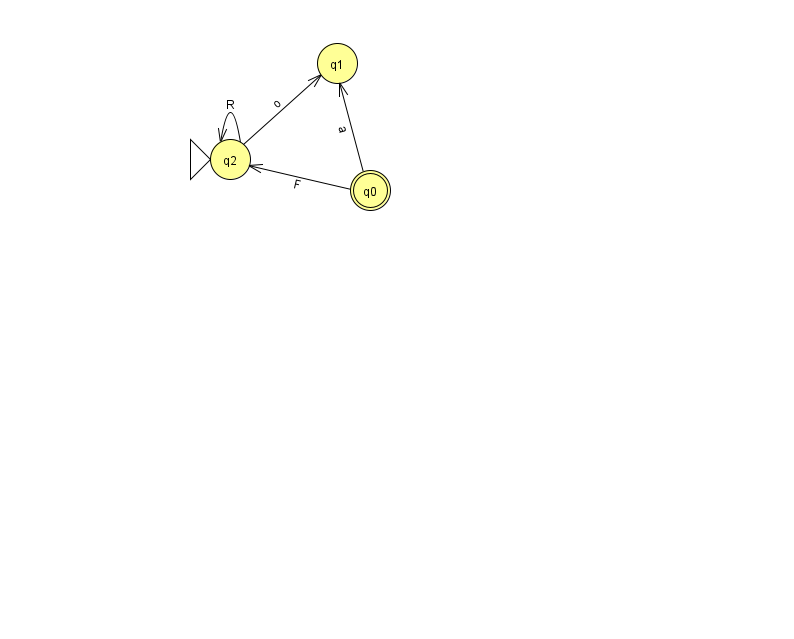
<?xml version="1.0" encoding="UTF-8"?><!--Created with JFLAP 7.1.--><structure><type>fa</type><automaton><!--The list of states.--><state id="0" name="q0"><x>370.0</x><y>177.0</y><final/></state><state id="1" name="q1"><x>337.0</x><y>50.0</y></state><state id="2" name="q2"><x>230.0</x><y>146.0</y><initial/></state><!--The list of transitions.--><transition><from>2</from><to>1</to><read>o</read></transition><transition><from>0</from><to>1</to><read>a</read></transition><transition><from>2</from><to>2</to><read>R</read></transition><transition><from>0</from><to>2</to><read>F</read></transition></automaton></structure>